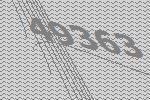
49363